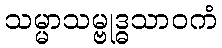
သမ္မာသမ္ဗုဒ္ဓသာဝကံ